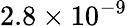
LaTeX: {2.8\times 10^{-9}}